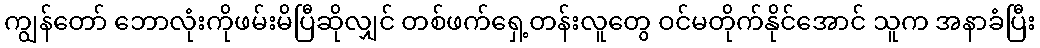
ကျွန်တော် ဘောလုံးကိုဖမ်းမိပြီဆိုလျှင် တစ်ဖက်ရှေ့တန်းလူတွေ ဝင်မတိုက်နိုင်အောင် သူက အနာခံပြီး